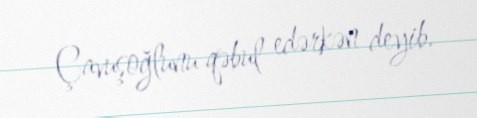
Çavuşoğlunu qəbul edərkən deyib.